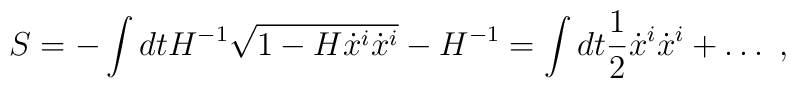
S = -\int dt H^{-1}\sqrt{1-H\dot x^i\dot x^i}-H^{-1}=\int dt {1\over 2}\dot x^i \dot x^i+\ldots \ ,